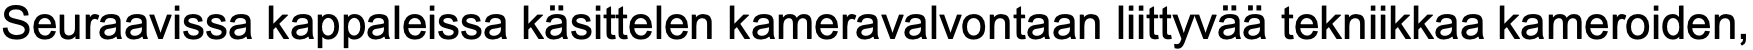
Seuraavissa kappaleissa käsittelen kameravalvontaan liittyvää tekniikkaa kameroiden,